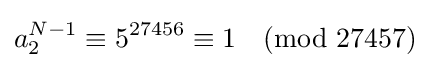
a_{2}^{N-1}\equiv 5^{27456}\equiv 1{\pmod {27457}}